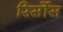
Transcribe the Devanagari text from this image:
रिर्सोस